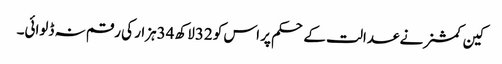
کین کمشنر نے عدالت کے حکم پر اس کو 32لاکھ 34ہزار کی رقم نہ ڈلوائی۔